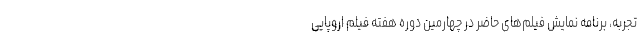
تجربه، برنامه نمایش فیلم‌های حاضر در چهارمین دوره هفته فیلم اروپایی